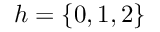
h = \{ 0 , 1 , 2 \}